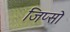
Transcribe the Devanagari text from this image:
जिप्सो